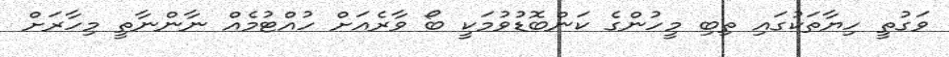
ވަގުތީ ހިޔާތަކުގައި ތިބި މީހުންގެ ކަންބޮޑުވުމަކީ ބޯ ވާރެއަށް ހުއްޓުމެއް ނާންނާތީ މިހާރަށް